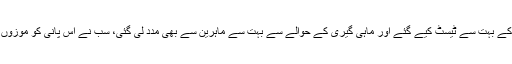
اس پانی کے بہت سے ٹیسٹ کیے گئے اور ماہی گیری کے حوالے سے بہت سے ماہرین سے بھی مدد لی گئی، سب نے اس پانی کو موزوں قرار دیا۔